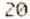
20